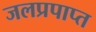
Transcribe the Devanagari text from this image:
जलप्रपाप्त